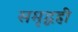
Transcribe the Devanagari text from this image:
समृद्धही